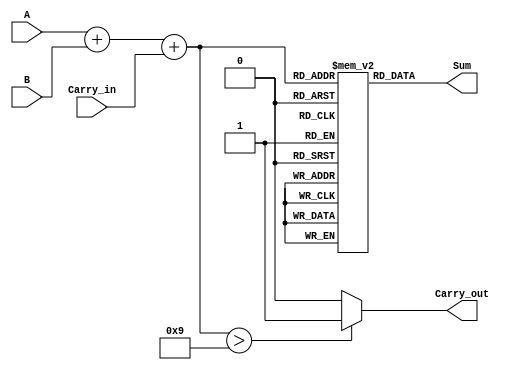
module BCD_LUT_Adder (
    input wire [3:0] A,          // First BCD digit
    input wire [3:0] B,          // Second BCD digit
    input wire Carry_in,         // Carry-in for multi-digit BCD addition
    output wire [3:0] Sum,       // Resulting BCD digit
    output wire Carry_out        // Carry-out flag
);

    // Declare a wire to hold the binary sum
    wire [4:0] binary_sum;       // 5 bits to accommodate sum and carry
    wire [4:0] lookup_address;   // Address for LUT
    
    // Calculate binary sum (4 bits for A + 4 bits for B + 1 bit carry_in)
    assign binary_sum = A + B + Carry_in;

    // Look-up table for BCD correction
    reg [3:0] LUT [0:18];         // LUT to hold BCD outputs for sums 0-18

    initial begin
        // Initialize the Look-Up Table with BCD values
        LUT[0] = 4'd0;   // 0
        LUT[1] = 4'd1;   // 1
        LUT[2] = 4'd2;   // 2
        LUT[3] = 4'd3;   // 3
        LUT[4] = 4'd4;   // 4
        LUT[5] = 4'd5;   // 5
        LUT[6] = 4'd6;   // 6
        LUT[7] = 4'd7;   // 7
        LUT[8] = 4'd8;   // 8
        LUT[9] = 4'd9;   // 9
        LUT[10] = 4'd0;  // 10 (correction, carry out)
        LUT[11] = 4'd1;  // 11
        LUT[12] = 4'd2;  // 12
        LUT[13] = 4'd3;  // 13
        LUT[14] = 4'd4;  // 14
        LUT[15] = 4'd5;  // 15
        LUT[16] = 4'd6;  // 16
        LUT[17] = 4'd7;  // 17
        LUT[18] = 4'd8;  // 18
    end

    // Index into the LUT using the binary sum to get the BCD result
    assign Sum = LUT[binary_sum];

    // Determine Carry_out based on the binary sum exceeding BCD range
    assign Carry_out = (binary_sum > 9) ? 1'b1 : 1'b0;

endmodule